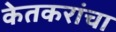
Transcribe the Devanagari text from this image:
केतकरांचा